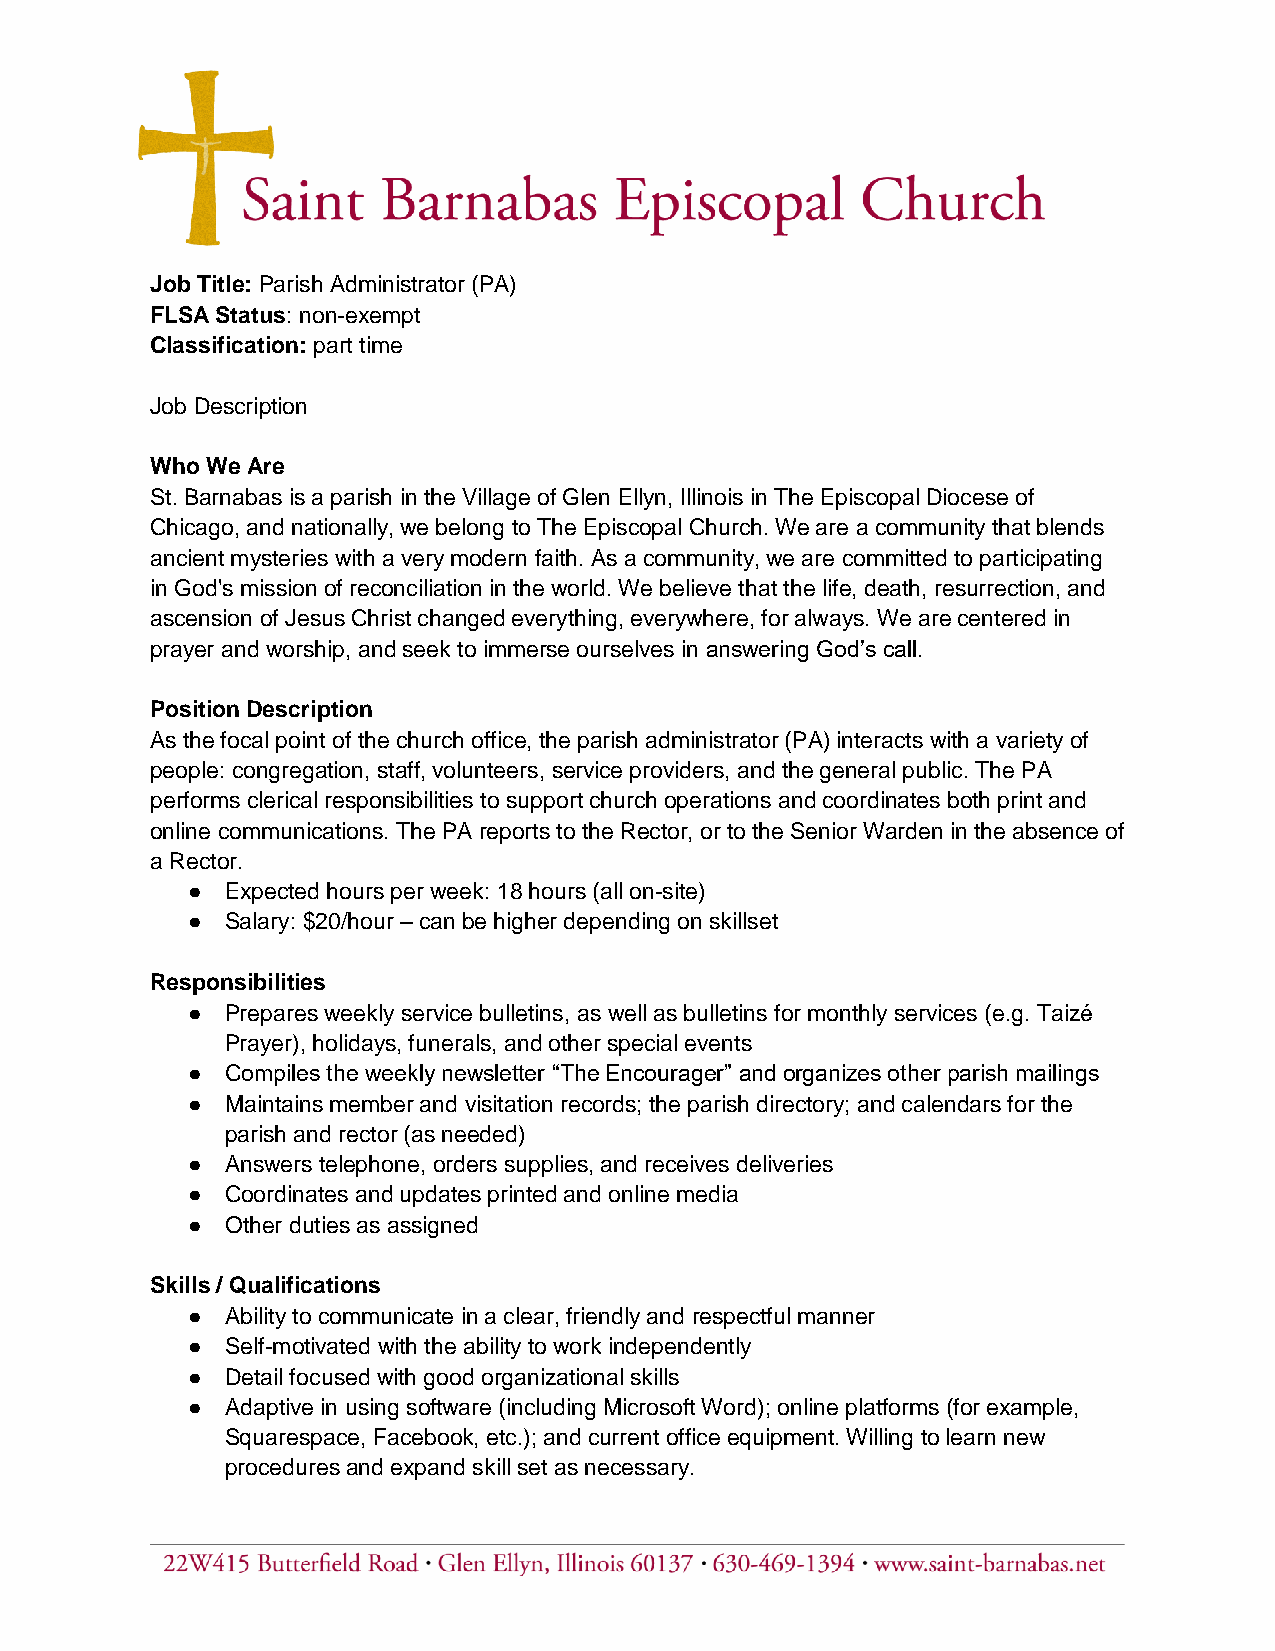
Job Title: Parish Administrator (PA)
 FLSA Status: non-exempt
 Classification: part time
 Job Description
 Who We Are
 St. Barnabas is a parish in the Village of Glen Ellyn, Illinois in The Episcopal Diocese of
 Chicago, and nationally, we belong to The Episcopal Church. We are a community that blends
 ancient mysteries with a very modern faith. As a community, we are committed to participating
 in God's mission of reconciliation in the world. We believe that the life, death, resurrection, and
 ascension of Jesus Christ changed everything, everywhere, for always. We are centered in
 prayer and worship, and seek to immerse ourselves in answering God’s call.
 Position Description
 As the focal point of the church office, the parish administrator (PA) interacts with a variety of
 people: congregation, staff, volunteers, service providers, and the general public. The PA
 performs clerical responsibilities to support church operations and coordinates both print and
 online communications. The PA reports to the Rector, or to the Senior Warden in the absence of
 a Rector.
 ●  Expected hours per week: 18 hours (all on-site)
 ●  Salary: $20/hour – can be higher depending on skillset
 Responsibilities
 ●  Prepares weekly service bulletins, as well as bulletins for monthly services (e.g. Taizé
 Prayer), holidays, funerals, and other special events
 ●  Compiles the weekly newsletter “The Encourager” and organizes other parish mailings
 ●  Maintains member and visitation records; the parish directory; and calendars for the
 parish and rector (as needed)
 ●  Answers telephone, orders supplies, and receives deliveries
 ●  Coordinates and updates printed and online media
 ●  Other duties as assigned
 Skills / Qualifications
 ●  Ability to communicate in a clear, friendly and respectful manner
 ●  Self-motivated with the ability to work independently
 ●  Detail focused with good organizational skills
 ●  Adaptive in using software (including Microsoft Word); online platforms (for example,
 Squarespace, Facebook, etc.); and current office equipment. Willing to learn new
 procedures and expand skill set as necessary.